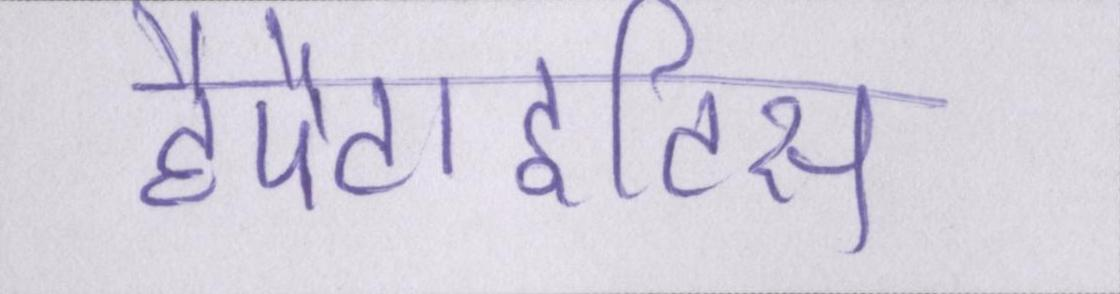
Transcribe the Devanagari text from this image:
हैपैटाइटिस